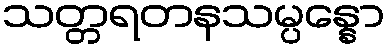
သတ္တရတနသမ္ပန္နော